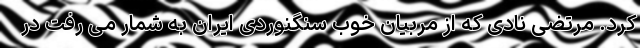
کرد. مرتضی نادی که از مربیان خوب سنگنوردی ایران به شمار می رفت در